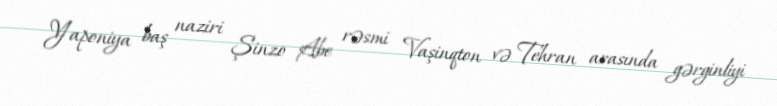
Yaponiya baş naziri Şinzo Abe rəsmi Vaşinqton və Tehran arasında gərginliyi